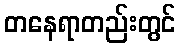
တနေရာတည်းတွင်